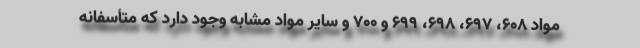
مواد ۶۰۸، ۶۹۷، ۶۹۸، ۶۹۹ و ۷۰۰ و سایر مواد مشابه وجود دارد که متأسفانه